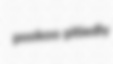
pookoo pitiedly